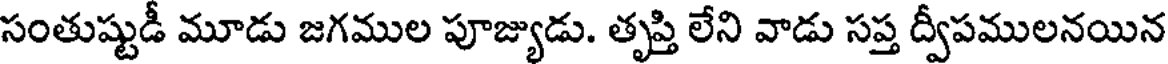
సంతుష్టుడీ మూడు జగముల పూజ్యుడు. తృప్తి లేని వాడు సప్త ద్వీపములనయిన